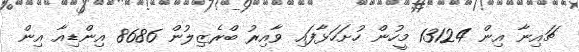
ޗައިނާ އިން 13124 މީހުން ހުށަހަޅާފައި ވާއިރު ބްރެޒިލުން 8686 އިންޑިއާ އިން